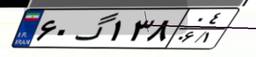
۸۰گ۴۰۹۳۲